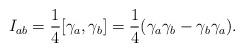
LaTeX: \begin{align*}I_{ab}={\frac 14}[\gamma _a,\gamma _b]={\frac 14}(\gamma _a\gamma _b-\gamma_b\gamma _a). \end{align*}